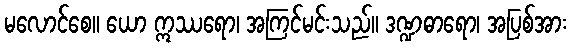
မလောင်စေ။ ယော ဣဿရော၊ အကြင်မင်းသည်။ ဒဏ္ဍဓာရော၊ အပြစ်အား